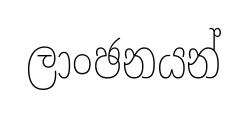
ලාංඡනයන්